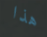
هذا